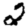
Digit: 2